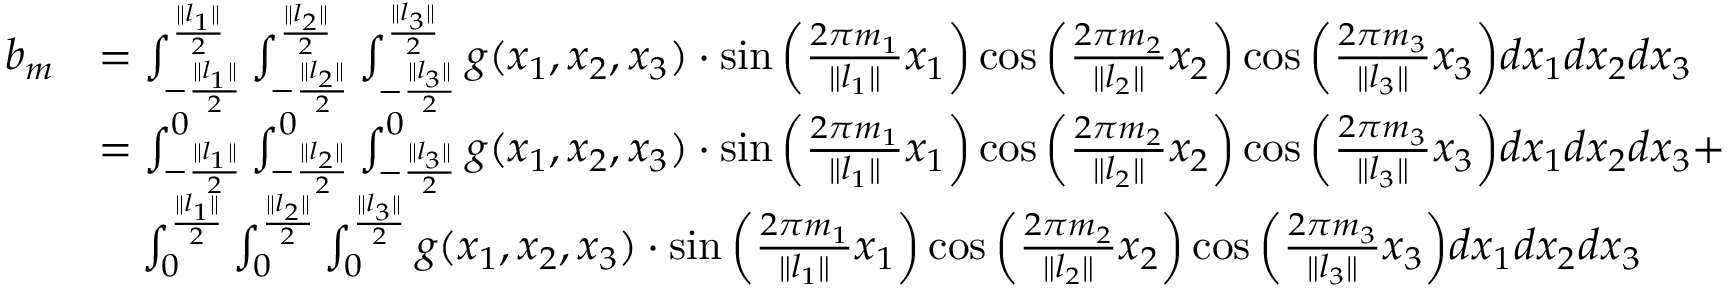
\begin{array} { r l } { b _ { m } } & { = \int _ { - \frac { \| l _ { 1 } \| } { 2 } } ^ { \frac { \| l _ { 1 } \| } { 2 } } \int _ { - \frac { \| l _ { 2 } \| } { 2 } } ^ { \frac { \| l _ { 2 } \| } { 2 } } \int _ { - \frac { \| l _ { 3 } \| } { 2 } } ^ { \frac { \| l _ { 3 } \| } { 2 } } g ( x _ { 1 } , x _ { 2 } , x _ { 3 } ) \cdot \sin { \left( \frac { 2 \pi m _ { 1 } } { \| l _ { 1 } \| } x _ { 1 } \right) } \cos { \left( \frac { 2 \pi m _ { 2 } } { \| l _ { 2 } \| } x _ { 2 } \right) } \cos { \left( \frac { 2 \pi m _ { 3 } } { \| l _ { 3 } \| } x _ { 3 } \right) } d x _ { 1 } d x _ { 2 } d x _ { 3 } } \\ & { = \int _ { - \frac { \| l _ { 1 } \| } { 2 } } ^ { 0 } \int _ { - \frac { \| l _ { 2 } \| } { 2 } } ^ { 0 } \int _ { - \frac { \| l _ { 3 } \| } { 2 } } ^ { 0 } g ( x _ { 1 } , x _ { 2 } , x _ { 3 } ) \cdot \sin { \left( \frac { 2 \pi m _ { 1 } } { \| l _ { 1 } \| } x _ { 1 } \right) } \cos { \left( \frac { 2 \pi m _ { 2 } } { \| l _ { 2 } \| } x _ { 2 } \right) } \cos { \left( \frac { 2 \pi m _ { 3 } } { \| l _ { 3 } \| } x _ { 3 } \right) } d x _ { 1 } d x _ { 2 } d x _ { 3 } + } \\ & { \quad \int _ { 0 } ^ { \frac { \| l _ { 1 } \| } { 2 } } \int _ { 0 } ^ { \frac { \| l _ { 2 } \| } { 2 } } \int _ { 0 } ^ { \frac { \| l _ { 3 } \| } { 2 } } g ( x _ { 1 } , x _ { 2 } , x _ { 3 } ) \cdot \sin { \left( \frac { 2 \pi m _ { 1 } } { \| l _ { 1 } \| } x _ { 1 } \right) } \cos { \left( \frac { 2 \pi m _ { 2 } } { \| l _ { 2 } \| } x _ { 2 } \right) } \cos { \left( \frac { 2 \pi m _ { 3 } } { \| l _ { 3 } \| } x _ { 3 } \right) } d x _ { 1 } d x _ { 2 } d x _ { 3 } } \end{array}